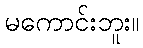
မကောင်းဘူး။